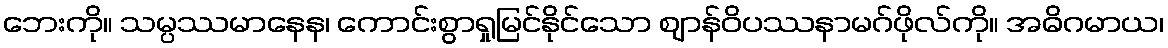
ဘေးကို။ သမ္ပဿမာနေန၊ ကောင်းစွာရှုမြင်နိုင်သော ဈာန်ဝိပဿနာမဂ်ဖိုလ်ကို။ အဓိဂမာယ၊